Lunatic asylums in Bengal annual reports 1912-1924 - 1912-1924
Year: 1912
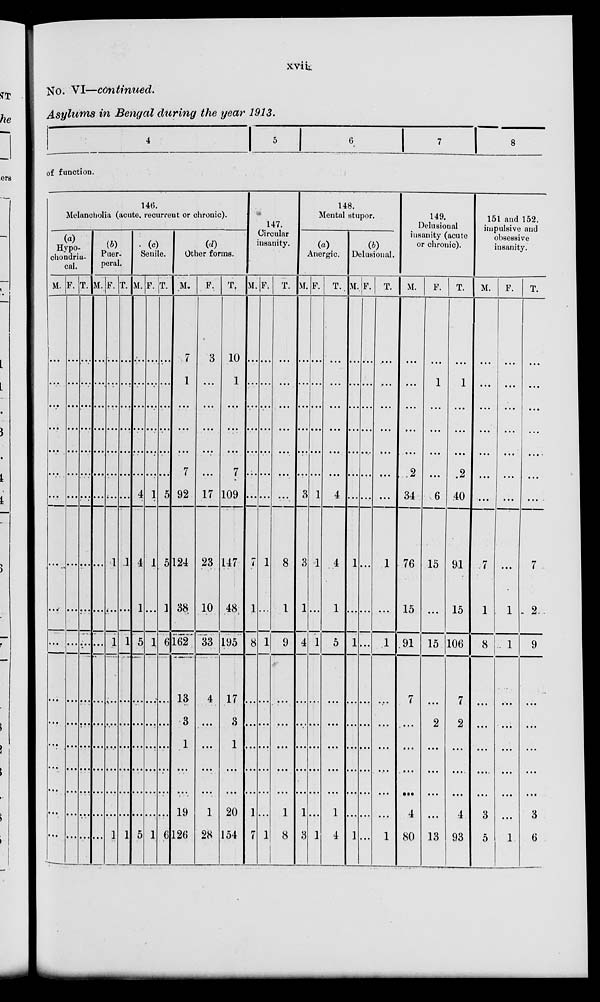
xvii
No. VI—continued.
Asylums in Bengal during the year 1913.
4
5
6
7
8
of function.
146.
Melancholia (acute, recurreut or chronic).
(a)
Hypo-
chondria-
cal.
M.
...
...
...
...
...
...
...
...
...
...
...
...
...
...
...
...
...
F.
...
...
...
...
...
...
...
...
...
...
...
...
...
...
...
...
...
T.
...
...
...
...
...
...
...
...
...
...
...
...
...
...
...
...
...
(b)
Puer-
peral.
M.
...
...
...
...
...
...
...
...
...
...
...
...
...
...
...
...
...
F.
...
...
...
...
...
...
...
1
...
1
...
...
...
...
...
...
1
T.
...
...
...
...
...
...
...
1
...
1
...
...
...
...
...
...
1
(c)
Senile.
M.
...
...
...
...
...
...
4
4
1
5
...
...
...
...
...
...
5
F.
...
...
...
...
...
...
1
1
...
1
...
...
...
...
...
...
1
T.
...
...
...
...
...
...
5
5
1
6
...
...
...
...
...
...
6
(d)
Other forms.
M.
7
1
...
...
...
7
92
124
38
162
13
3
1
...
...
19
126
F.
3
...
...
...
...
...
17
23
10
33
4
...
...
...
...
1
28
T.
10
1
...
...
...
7
109
147
48
195
17
3
1
...
...
20
154
147.
Circular
insanity.
M.
...
...
...
...
...
...
...
7
1
8
...
...
...
...
...
1
7
F.
...
...
...
...
...
...
...
1
...
1
...
...
...
...
...
...
1
T.
...
...
...
...
...
...
...
8
1
9
...
...
...
...
...
1
8
148.
Mental stupor.
(a)
Anergic.
M.
...
...
...
...
...
...
3
3
1
4
...
...
...
...
...
1
3
F.
...
...
...
...
...
...
1
1
...
1
...
...
...
...
...
...
1
T.
...
...
...
...
...
...
4
4
1
5
...
...
...
...
...
1
4
(b)
Delusional.
M.
...
...
...
...
...
...
...
1
...
1
...
...
...
...
...
...
1
F.
...
...
...
...
...
...
...
...
...
...
...
...
...
...
...
...
...
T.
...
...
...
...
...
...
...
1
...
1
...
...
...
...
...
...
1
149.
Delusional
insanity (acute
or chronic).
M.
...
...
...
...
...
2
34
76
15
91
7
...
...
...
...
4
80
F.
...
1
...
...
...
...
6
15
...
15
...
2
...
...
...
...
13
T.
...
1
...
...
...
2
40
91
15
106
7
2
...
...
...
4
93
151 and 152.
impulsive and
obsessive
insanity.
M.
...
...
...
...
...
...
...
7
1
8
...
...
...
...
...
3
5
F.
...
...
...
...
...
...
...
...
1
1
...
...
...
...
...
...
1
T.
...
...
...
...
...
...
...
7
2
9
...
...
...
...
...
3
6